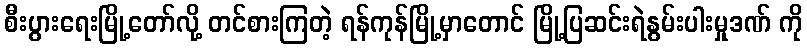
စီးပွားရေးမြို့တော်လို့ တင်စားကြတဲ့ ရန်ကုန်မြို့မှာတောင် မြို့ပြဆင်းရဲနွမ်းပါးမှုဒဏ် ကို